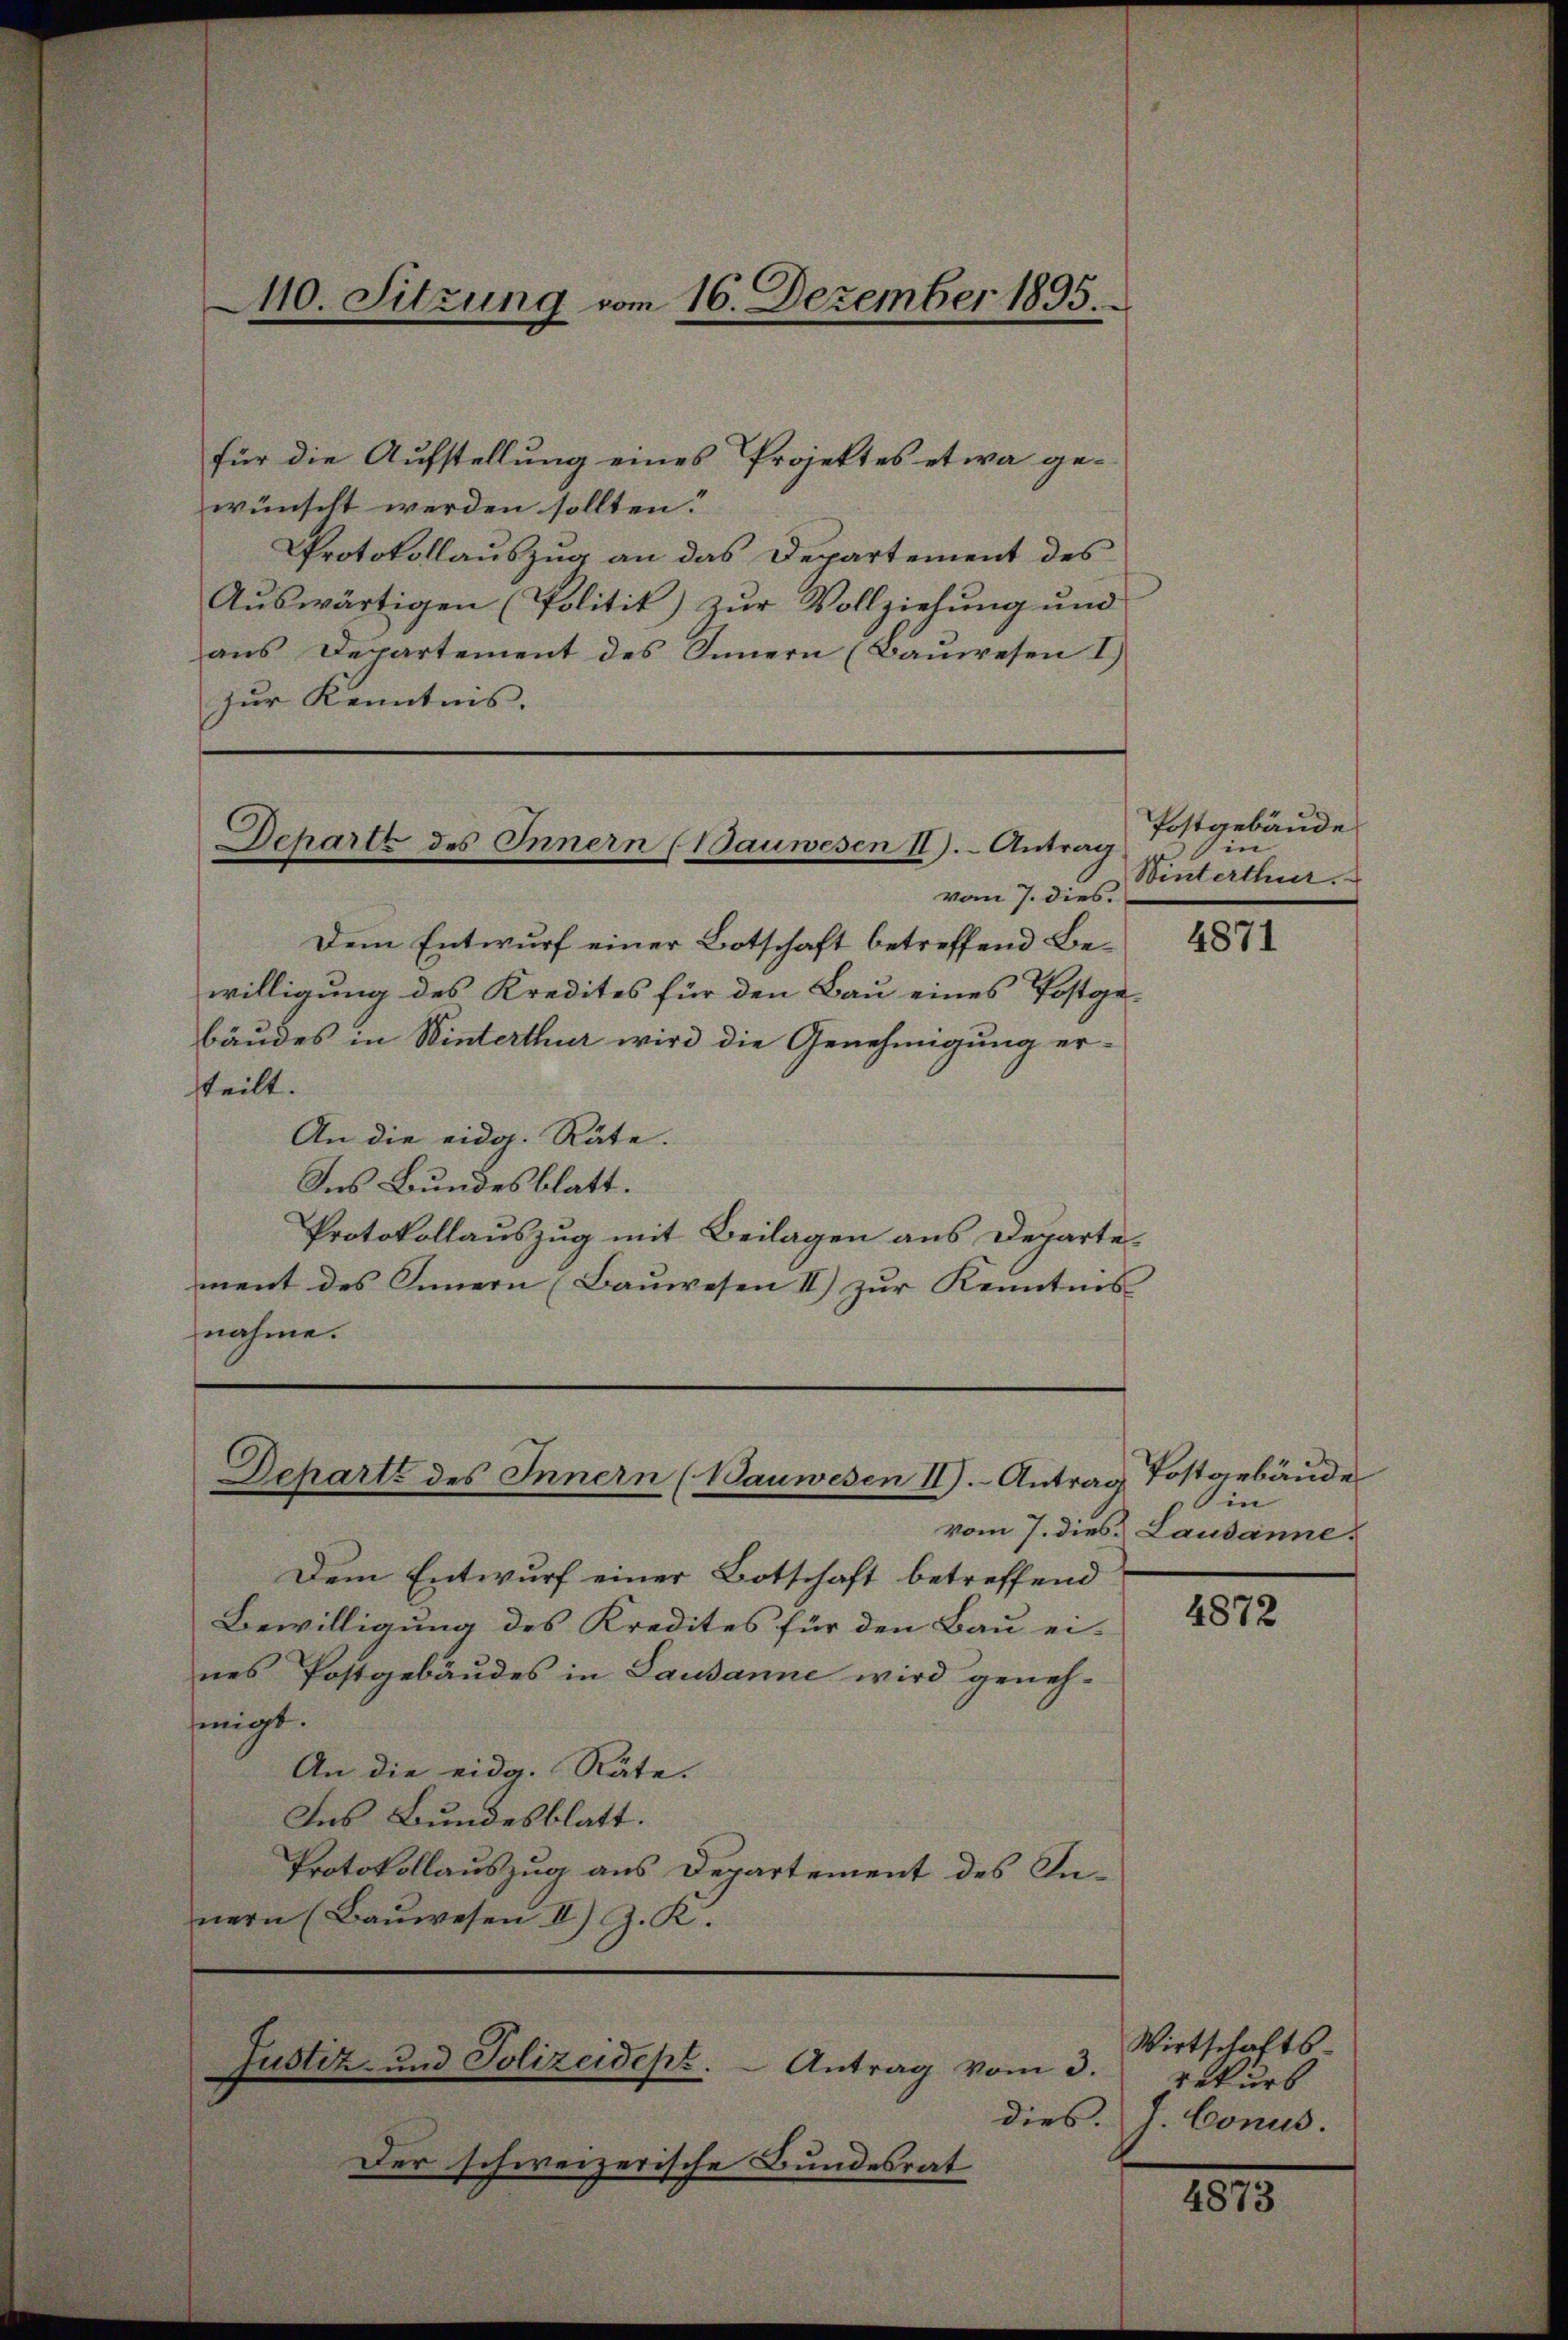
M0. Sitzung vom 16. Dezember 1895.

für die Aufstellung eines Projektes etwa gewünscht werden sollten.
Protokollauszug an das Departement des
Auswärtigen (Politik) zur Vollziehung und
aus Departement des Innern (Bauwesen I)
zur Kenntnis.

Schartt des Innern (Bauwesen II). Antrag

Scharte des Innern (Wauwesen II). Antrag

vom 7. dies.
Dem Entwurf einer Botschaft betreffend Bewilligung des Kredites für den Bau eines Postge-
bäudes in Winterthur wird die Genehmigung erteilt. |
An die eidg. Räte.
Ins Bundesblatt.
Protokollauszug mit Beilagen aus Departement des Innern (Baŭwesen II) zŭr Kenntnis
nahme.

Justiz- und Polizeidept. - Antrag vom 3.

Der schweizerische Bundesrat

Postgebäude
in
Winterthur.

Dem Entwurf einer Botschaft betreffend
Bewilligung des Kredites für den Bau ei-
nes Postgebäudes in Lausanne wird geneh-
migt.
An die eidg. Räte.
Ins Bundesblatt.
Protokollauszug aus Departement des Innern (Bauwesen II) J. K.

4871

Postarbäude
in
vom 7. dies Lausanne

4872

Wirtschafts-
Bekurs
dies. J. Cons.

4873